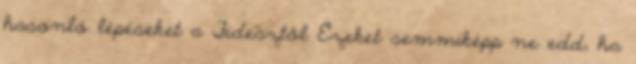
hasonló lépéseket a Fidesztől Ezeket semmiképp ne edd, ha